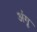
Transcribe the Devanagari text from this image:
अंगू